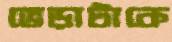
ভেড়াটাকে